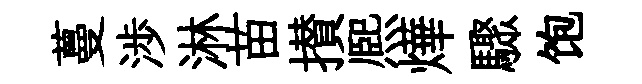
蔓渉淋苗攅熈燁驟饱